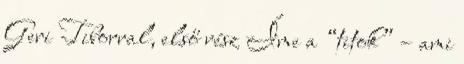
Geri Tiborral, első rész Íme a “titok” – ami